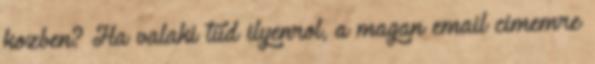
kozben? Ha valaki tud ilyenrol, a magan email cimemre